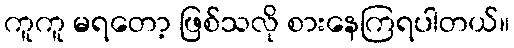
ကူကူ မရတော့ ဖြစ်သလို စားနေကြရပါတယ်။